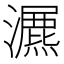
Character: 𤂏